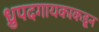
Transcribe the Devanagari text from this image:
ध्रुपदगायकाकडून